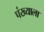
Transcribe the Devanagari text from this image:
पंख्याला